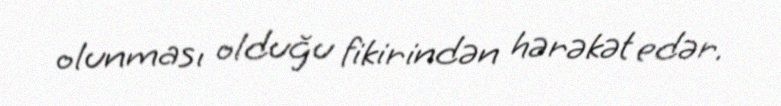
olunması olduğu fikirindən hərəkət edər.